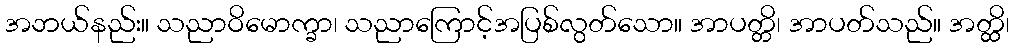
အဘယ်နည်း။ သညာဝိမောက္ခာ၊ သညာကြောင့်အပြစ်လွတ်သော။ အာပတ္တိ၊ အာပတ်သည်။ အတ္ထိ၊